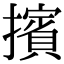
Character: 擯